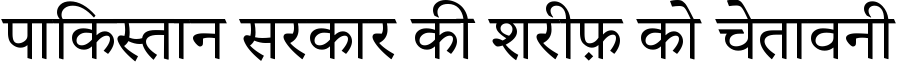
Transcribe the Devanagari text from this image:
पाकिस्तान सरकार की शरीफ़ को चेतावनी